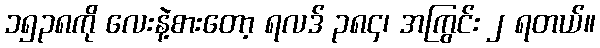
၁၅၃၈ကို လေးနဲ့စားတော့ ရလဒ် ၃၈၄၊ အကြွင်း ၂ ရတယ်။